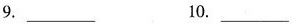
9. ___ 10. ___